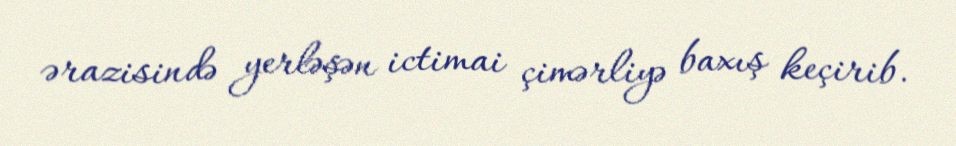
ərazisində yerləşən ictimai çimərliyə baxış keçirib.